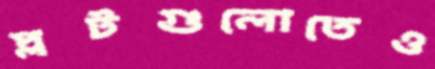
প্লটগুলোতেও